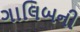
ગાલિબની